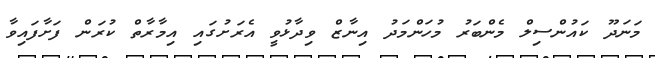
މަނަދޫ ކައުންސިލް މެންބަރު މުހަންމަދު އިނާޒް ވިދާޅުވީ އެރަށުގައި އިމާރާތް ކުރަން ފަށާފައިވާ